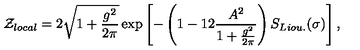
{ \cal Z } _ { l o c a l } = 2 \sqrt { 1 + { \frac { g ^ { 2 } } { 2 \pi } } } \exp \left[ - \left( 1 - { 1 2 } { \frac { A ^ { 2 } } { 1 + { \frac { g ^ { 2 } } { 2 \pi } } } } \right) S _ { L i o u . } ( \sigma ) \right] ,